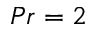
P r = 2